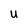
Character: U